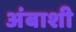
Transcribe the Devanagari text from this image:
अंबाशी